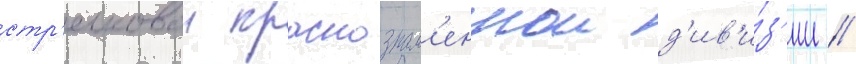
стр'елковои краснознам'еннои д'ив'и́з'ии //